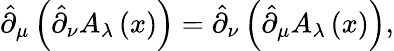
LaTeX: \hat{\partial}_{\mu}\left(\hat{\partial}_{\nu}A_{\lambda}\left(x\right)\right)=\hat{\partial}_{\nu}\left(\hat{\partial}_{\mu}A_{\lambda}\left(x\right)\right),